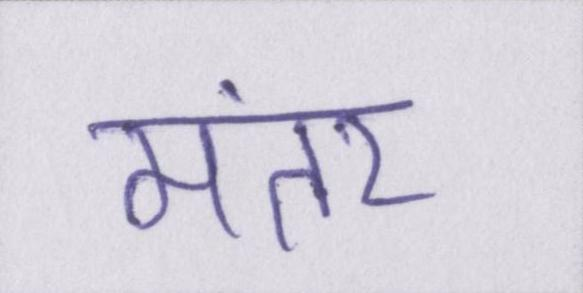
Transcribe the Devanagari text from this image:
मंतर